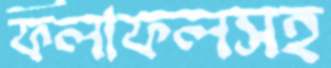
ফলাফলসহ